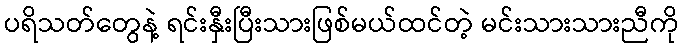
ပရိသတ်တွေနဲ့ ရင်းနှီးပြီးသားဖြစ်မယ်ထင်တဲ့ မင်းသားသားညီကို